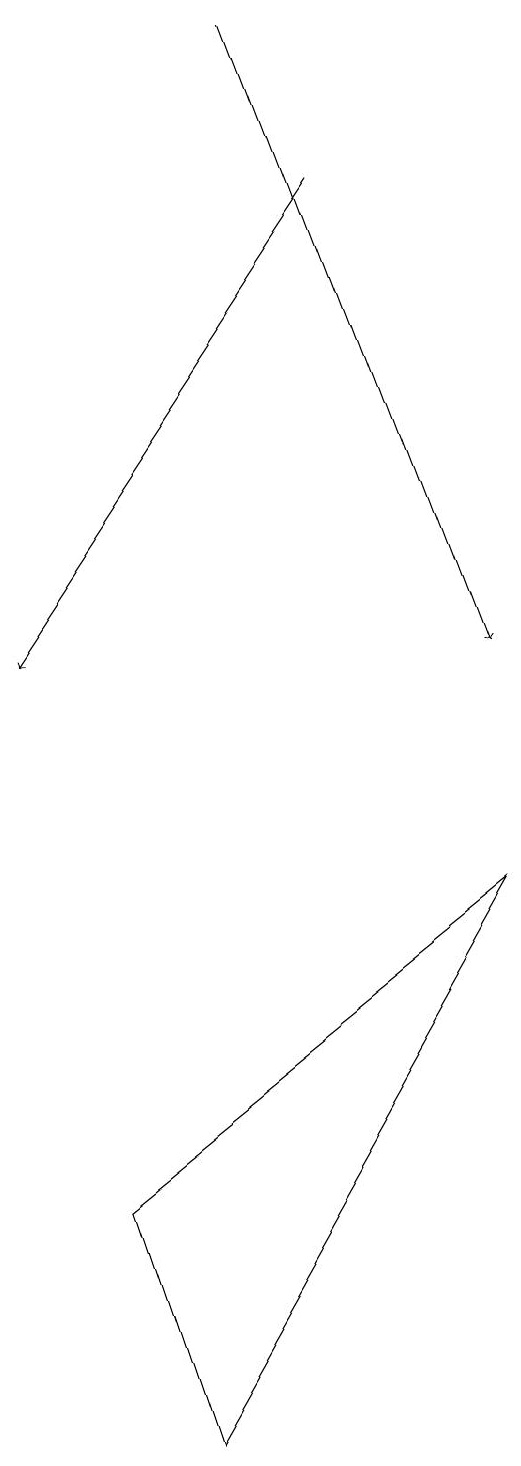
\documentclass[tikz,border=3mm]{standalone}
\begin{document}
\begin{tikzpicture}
\draw (3,4) -- (8,8) -- (4,1) -- cycle;
\draw[->] (5,19) -- (8,11);
\draw[->] (6,17) -- (2,11);
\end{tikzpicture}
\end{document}